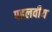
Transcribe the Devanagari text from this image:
पहलवीय